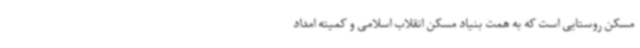
مسکن روستایی است که به همت بنیاد مسکن انقلاب اسلامی و کمیته امداد